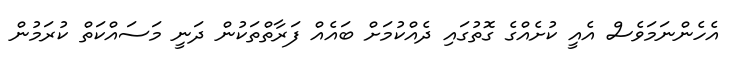
އެހެންނަމަވެސް އެއީ ކުށެއްގެ ގޮތުގައި ދެއްކުމަށް ބައެއް ފަރާތްތަކުން ދަނީ މަސައްކަތް ކުރަމުން